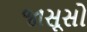
જાસૂસો